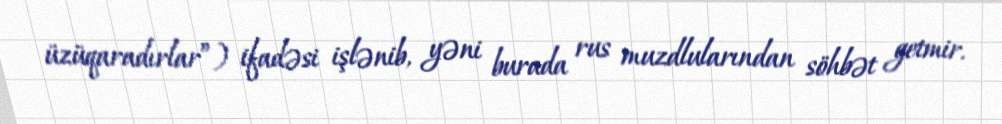
üzüqaradırlar”) ifadəsi işlənib, yəni burada rus muzdlularından söhbət getmir.